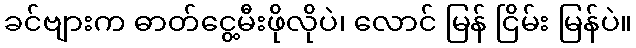
ခင်ဗျားက ဓာတ်ငွေ့မီးဖိုလိုပဲ၊ လောင် မြန် ငြိမ်း မြန်ပဲ။